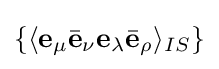
\{\langle \mathbf {e} _{\mu }{\bar {\mathbf {e} }}_{\nu }\mathbf {e} _{\lambda }{\bar {\mathbf {e} }}_{\rho }\rangle _{IS}\}